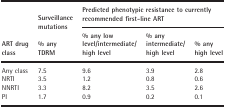
| <ROWSPAN=2> ART drug class | Surveillance mutations | <COLSPAN=3> Predicted phenotypic resistance to currently recommended first‐line ART |
 | % any TDRM | % any low level/intermediate/high level | % any intermediate/high level | % any high level |
 | --- | --- | --- | --- | --- |
 | Any class | 7.5 | 9.6 | 3.9 | 2.8 |
 | NRTI | 3.5 | 1.2 | 0.8 | 0.6 |
 | NNRTI | 3.3 | 8.2 | 3.5 | 2.6 |
 | PI | 1.7 | 0.9 | 0.2 | 0.1 |